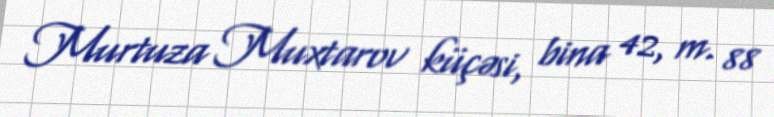
Murtuza Muxtarov küçəsi, bina 42, m. 88